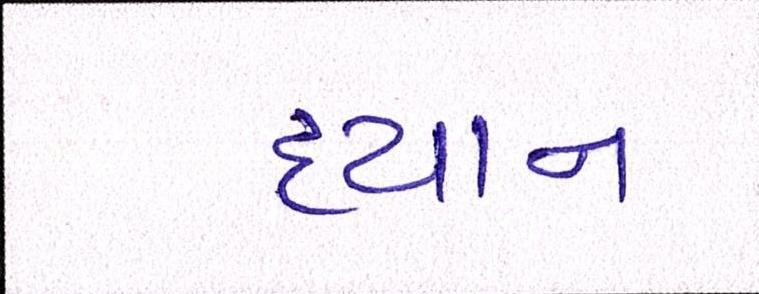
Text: ધ્યાન